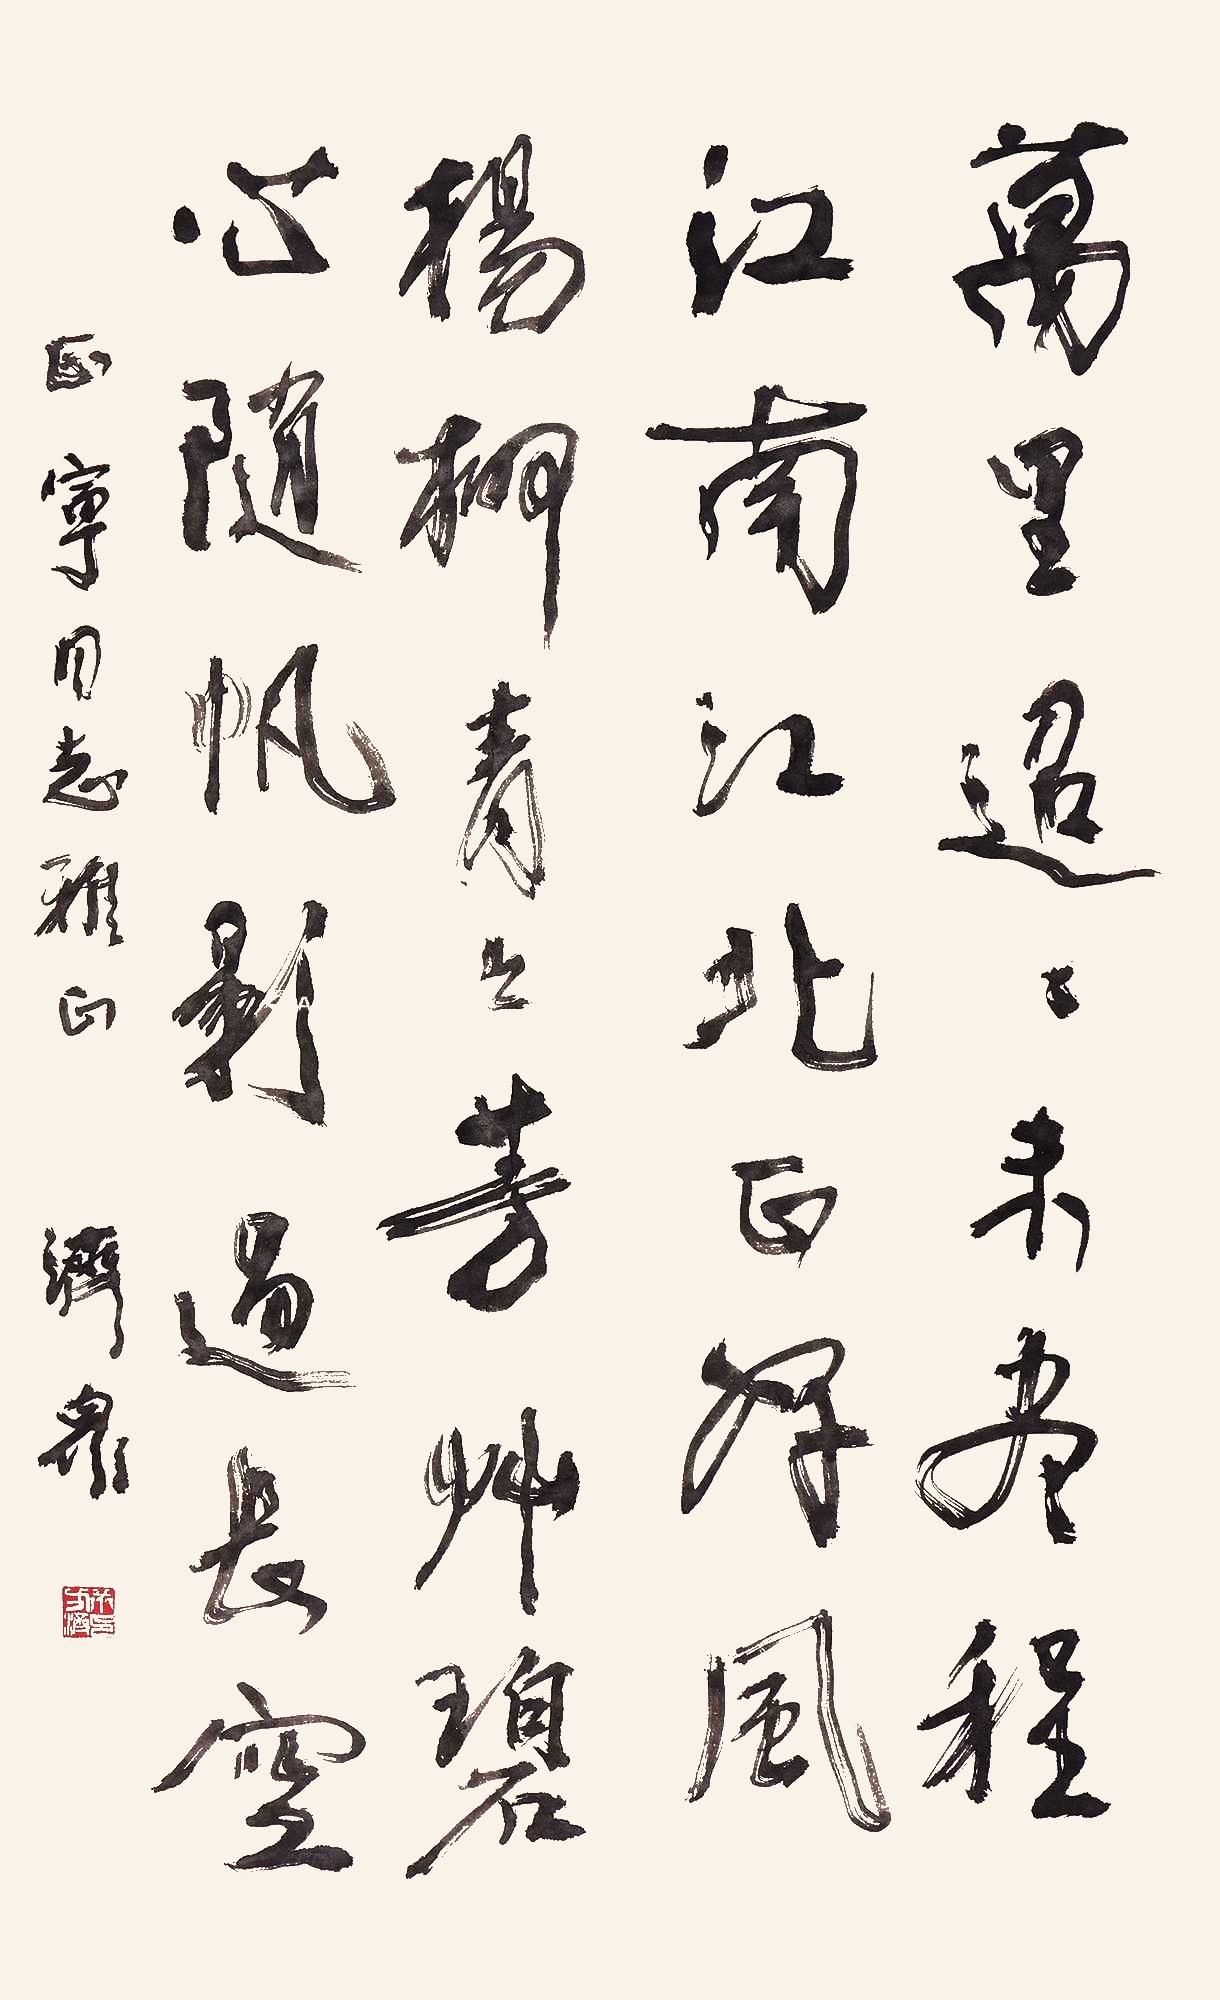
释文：万里迢迢未尽程，江南江北正好风。杨柳青青芳草碧，心随帆影过长空。正宁同志雅正。济众。